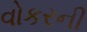
વોકરની